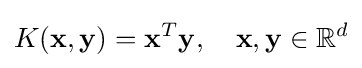
K(\mathbf {x} ,\mathbf {y} )=\mathbf {x} ^{T}\mathbf {y} ,\quad \mathbf {x} ,\mathbf {y} \in \mathbb {R} ^{d}